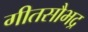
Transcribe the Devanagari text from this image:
गीतसौभद्र